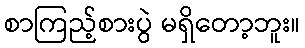
စာကြည့်စားပွဲ မရှိတော့ဘူး။